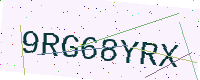
Text: 9RG68YRX